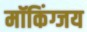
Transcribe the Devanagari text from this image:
मॉकिंग्जय